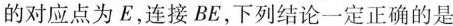
的对应点为E，连接BE，下列结论一定正确的是